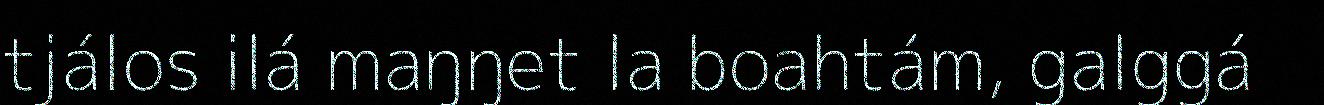
tjálos ilá maŋŋet la boahtám, galggá